Insane asylums in Bengal annual reports 1876-1887 - 1876-1887
Year: 1876
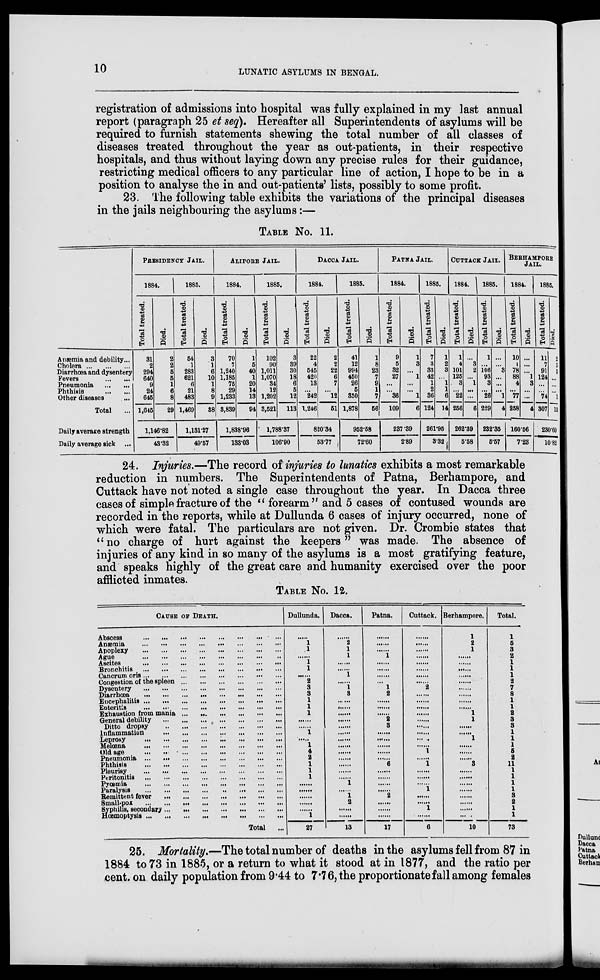
10
LUNATIC ASYLUMS IN BENGAL.
registration of admissions into hospital was fully explained in my last annual
report (paragraph 25 et seq). Hereafter all Superintendents of asylums will be
required to furnish statements shewing the total number of all classes of
diseases treated throughout the year as out-patients, in their respective
hospitals, and thus without laying down any precise rules for their guidance,
restricting medical officers to any particular line of action, I hope to be in a
position to analyse the in and out-patients' lists, possibly to some profit.
23. The following table exhibits the variations of the principal diseases
in the jails neighbouring the asylums:—
TABLE No. 11.
Anæmia and debility...
Cholera ... ... ...
Diarrhœa and dysentery
Fevers
...
...
Pneumonia
...
...
Phthisis
...
...
Other diseases ...
Total
...
Daily average strength
Daily average sick ...
PRESIDENCY JAIL.
1884.
Total treated.
31
2
294
640
9
24
645
1,615
Died.
2
2
5
5
1
6
8
29
1,146.82
43.32
1885.
Total treated.
54
1
283
621
6
21
483
1,469
Died.
3
1
6
10
1
8
9
38
1,131.27
49.57
ALIPORE JAIL.
1884.
Total treated.
70
7
1,240
1,185
75
29
1,233
3,839
Died.
1
5
40
1
20
14
13
94
1,838.96
133.03
1885.
Total treated.
102
90
1,011
1,070
34
12
1,202
3,521
Died.
3
39
30
18
6
5
12
113
1,788.37
106.90
DACCA JAIL.
1884.
Total treated.
22
4
545
420
13
...
242
1,246
Died.
2
2
22
6
7
...
12
51
820.34
53.77
1885.
Total treated.
41
12
994
450
26
5
350
1,878
Died.
1
8
23
7
9
1
7
56
952.58
72.60
PATNA JAIL.
1884.
Total treated.
9
5
32
27
...
...
36
109
Died.
1
3
...
1
...
...
1
6
237.39
2.89
1885.
Total treated.
7
3
33
42
1
2
36
124
Died.
1
2
3
...
1
1
6
14
261.95
3.32
CUTTACK JAIL.
1884.
Total treated.
1
4
101
125
3
...
22
256
Died.
...
3
2
...
1
...
...
6
262.39
5.58
1885.
Total treated.
1
...
106
93
3
...
26
229
Died.
...
...
3
...
...
...
1
4
232.35
5.57
BERHAMPORE
JAIL.
1884.
Total treated.
10
1
78
88
4
...
77
258
Died.
...
...
...
1
3
...
...
4
160.56
7.23
1885.
Total treated.
11
7
91
124
...
...
74
307
Died.
2
5
5
...
...
...
1
13
230.60
10.82
24. Injuries.—The record of injuries to lunatics exhibits a most remarkable
reduction in numbers. The Superintendents of Patna, Berhampore, and
Cuttack have not noted a single case throughout the year. In Dacca three
cases of simple fracture of the "forearm " and 5 cases of contused wounds are
recorded in the reports, while at Dullunda 6 cases of injury occurred, none of
which were fatal. The particulars are not given. Dr. Crombie states that
"no charge of hurt against the keepers" was made. The absence of
injuries of any kind in so many of the asylums is a most gratifying feature,
and speaks highly of the great care and humanity exercised over the poor
afflicted inmates.
TABLE No. 12.
CAUSE OF DEATH.
Abscess ... ... ... ... ... ... ... ... ...
Anæmia ... ... ... ... ... ... ... ... ...
Apoplexy ... ... ... ... ... ... ... ... ...
Ague
...
...
...
...
...
...
...
...
...
Ascites ... ... ... ... ... ... ... ... ...
Bronchitis ... ... ... ... ... ... ... ... ...
Cancrum oris ... ... ... ... ... ... ... ... ...
Congestion of the spleen ... ... ... ... ... ...
Dysentery ... ... ... ... ... ... ... ... ...
Diarrhœa ... ... ... ... ... ... ... ... ...
Encephalitis ... ... ... ... ... ... ... ... ...
Enteritis ... ... ... ... ... ... ... ... ...
Exhaustion from mania ... ... ... ... ... ...
General debility ... ... ... ... ... ... ... ...
Ditto dropsy ... ... ... ... ... ... ... ...
Inflammation ... ... ... ... ... ... ... ...
Leprosy ... ... ... ... ... ... ... ... ...
Melœna ... ... ... ... ... ... ... ... ...
Old age ... ... ... ... ... ... ... ... ...
Pneumonia ... ... ... ... ... ... ... ... ...
Phthisis ... ... ... ... ... ... ... ... ...
Pleurisy ... ... ... ... ... ... ... ... ...
Peritonitis ... ... ... ... ... ... ... ... ...
Pyœmia ... ... ... ... ... ... ... ... ...
Paralysis ... ... ... ... ... ... ... ... ...
Remittent fever ... ... ... ... ... ... ... ... ...
Small-pox ... ... ... ... ... ... ... ... ...
Syphilis, secondary ... ... ... ... ... ... ... ...
Hœmoptysis ... ... ... ... ... ... ... ... ...
Total ...
Dullunda.
.....
1
1
......
1
1
......
2
3
3
1
1
1
......
......
1
1
4
2
1
1
1
......
......
......
......
......
1
27
Dacca.
......
2
1
1
......
......
1
......
1
3
......
......
......
......
......
......
......
......
......
......
......
......
1
......
1
2
......
......
13
Patna.
......
......
......
1
......
......
......
......
1
2
......
......
......
2
3
......
......
......
......
......
6
......
......
......
2
......
......
......
17
Cuttack.
......
......
......
......
......
......
......
......
2
......
......
......
......
......
......
......
......
......
1
......
1
......
......
......
1
......
......
1
......
6
Berhampore.
1
2
1
......
......
......
......
.....
......
......
......
......
1
1
......
......
1
......
......
......
3
......
......
......
......
......
......
......
......
10
Total.
1
5
3
2
1
1
1
2
7
8
1
1
2
3
3
1
1
1
5
2
11
1
1
1
1
3
2
1
1
73
25. Mortality.—The total number of deaths in the asylums fell from 87 in
1884 to 73 in 1885, or a return to what it stood at in 1877, and the ratio per
cent. on daily population from 9.44 to 7.76, the proportionate fall among females